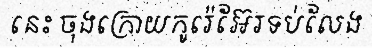
នេះ ចុងក្រោយកូរ៉េអ៊ែរទប់លែង